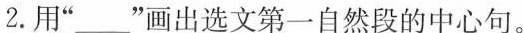
2.用”___”画出选文第一自然段的中心句。